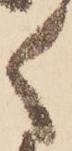
く